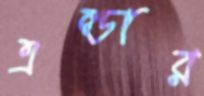
এল্ডার